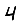
Digit: 4